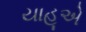
યાહૂએ